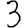
Digit: 3